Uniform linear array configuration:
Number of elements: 8
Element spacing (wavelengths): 0.5
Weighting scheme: uniform
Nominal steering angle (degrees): -45
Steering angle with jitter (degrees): -46.725
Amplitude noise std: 0.05
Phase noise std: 0.05

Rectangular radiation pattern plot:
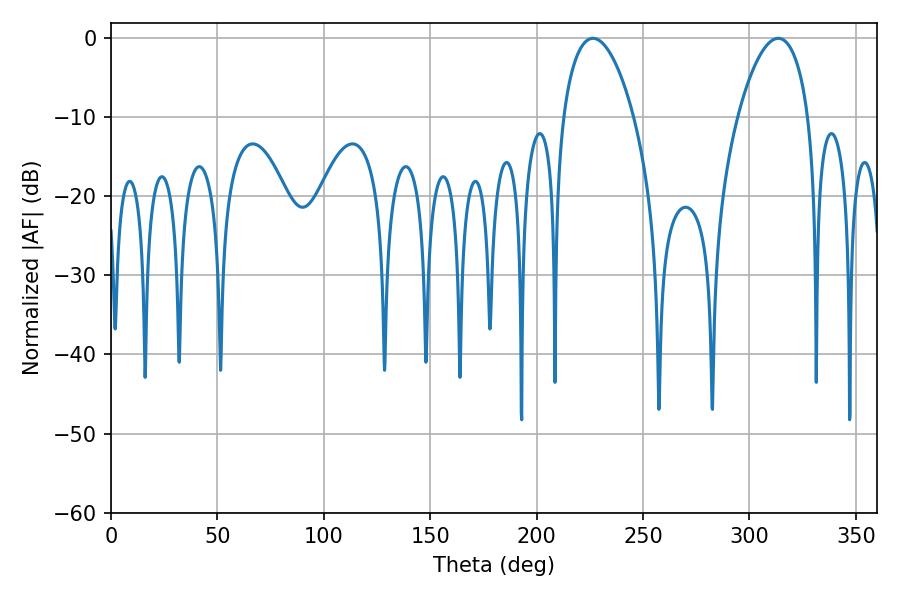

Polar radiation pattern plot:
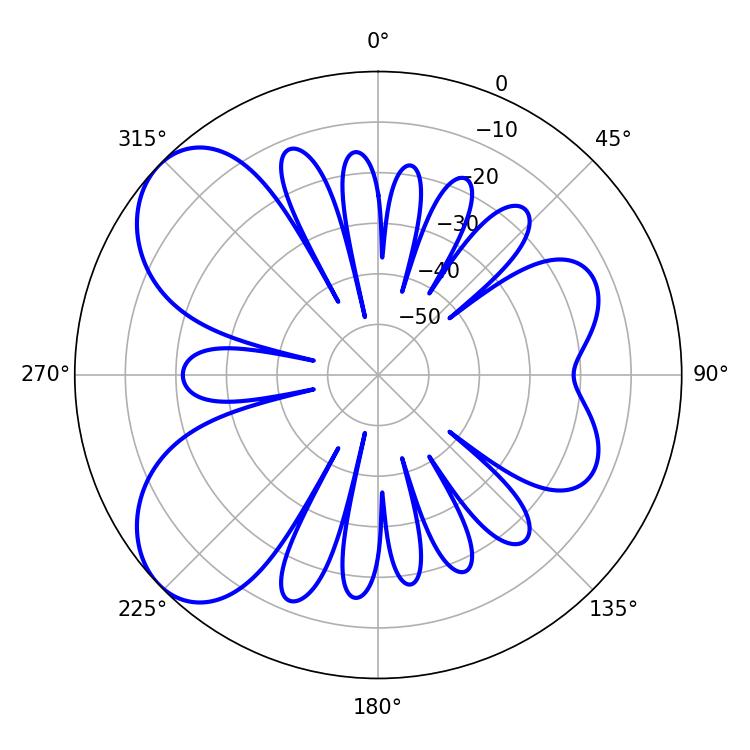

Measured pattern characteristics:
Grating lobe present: FALSE
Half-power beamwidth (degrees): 18.72
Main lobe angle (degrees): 313.56